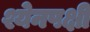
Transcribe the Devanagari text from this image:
श्येनपक्षी